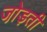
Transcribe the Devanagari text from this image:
जो़ड़ती